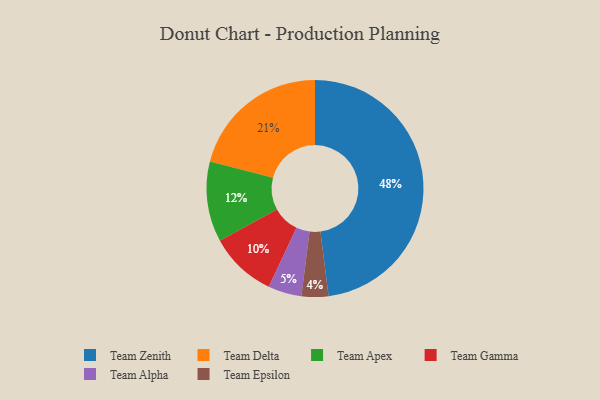
{"axis": {"x": "Category", "y": "Percentage"}, "legend": ["Team Alpha", "Team Apex", "Team Delta", "Team Epsilon", "Team Gamma", "Team Zenith"], "data": [{"x": "Team Gamma", "y": 10, "type": "Team Gamma"}, {"x": "Team Apex", "y": 12, "type": "Team Apex"}, {"x": "Team Zenith", "y": 48, "type": "Team Zenith"}, {"x": "Team Alpha", "y": 5, "type": "Team Alpha"}, {"x": "Team Epsilon", "y": 4, "type": "Team Epsilon"}, {"x": "Team Delta", "y": 21, "type": "Team Delta"}]}